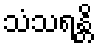
သံသရန္တိ